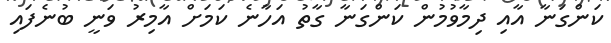
ކަންގަނާ އާއި ދިމާވުމުން ކަންގަނާ ގާތު އަހާނެ ކަމަށް އާމިރު ވަނީ ބުނެފައި